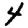
Digit: 4